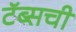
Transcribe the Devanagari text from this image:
टॅब्सची